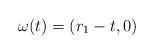
LaTeX: \begin{align*}\omega(t) = (r_1 - t, 0)\end{align*}